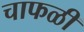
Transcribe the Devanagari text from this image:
चाफळी